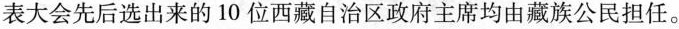
表大会先后选出来的10位西藏自治区政府主席均由藏族公民担任。